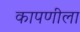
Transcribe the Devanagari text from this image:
कापणीला